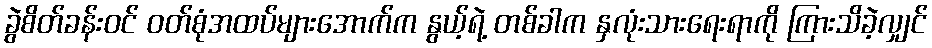
ခွဲစိတ်ခန်းဝင် ဝတ်စုံအထပ်များအောက်က နွယ့်ရဲ့ တစ်ခါက နှလုံးသားရေးရာကို ကြားသိခဲ့လျှင်